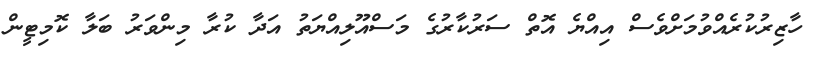
ހާޒިރުކުރެއްވުމަށްވެސް އިއްޔެ އޮތް ސަރުކާރުގެ މަސްއޫލިއްޔަތު އަދާ ކުރާ މިންވަރު ބަލާ ކޮމިޓީން